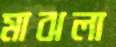
মাঝলা